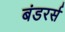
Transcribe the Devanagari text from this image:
बंडरर्स